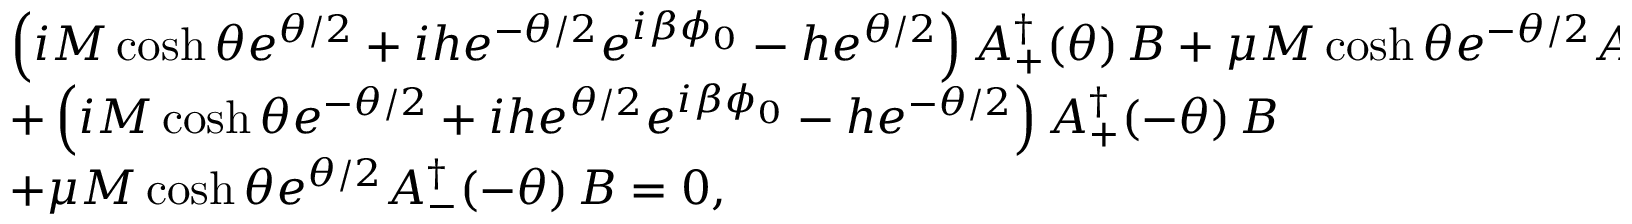
\begin{array} { l l } { { \left( i M \cosh \theta e ^ { \theta / 2 } + i h e ^ { - \theta / 2 } e ^ { i \beta \phi _ { 0 } } - h e ^ { \theta / 2 } \right) A _ { + } ^ { \dagger } ( \theta ) \, B + \mu M \cosh \theta e ^ { - \theta / 2 } A _ { - } ^ { \dagger } ( \theta ) \, B } } \\ { { + \left( i M \cosh \theta e ^ { - \theta / 2 } + i h e ^ { \theta / 2 } e ^ { i \beta \phi _ { 0 } } - h e ^ { - \theta / 2 } \right) A _ { + } ^ { \dagger } ( - \theta ) \, B } } \\ { { + \mu M \cosh \theta e ^ { \theta / 2 } A _ { - } ^ { \dagger } ( - \theta ) \, B = 0 , } } \end{array}